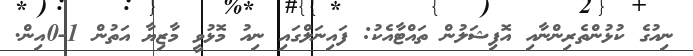
ނިއުގެ ކުޅުންތެރިންނާއި އޮފިޝަލުން ތައްޓާއެކު: ފައިނަލްގައި ނިއު މޮޅުވީ މާޒިޔާ އަތުން 1-0އިން.